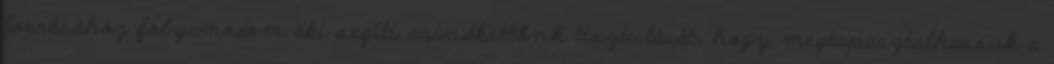
forrásához folyamodom aki segíti mindkettőnk tisztulását, hogy megtapasztalhassuk a